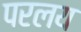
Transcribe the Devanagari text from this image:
परलय